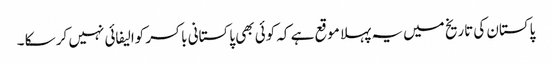
پاکستان کی تاریخ میں یہ پہلا موقع ہے کہ کوئی بھی پاکستانی باکسر کوالیفائی نہیں کر سکا ۔